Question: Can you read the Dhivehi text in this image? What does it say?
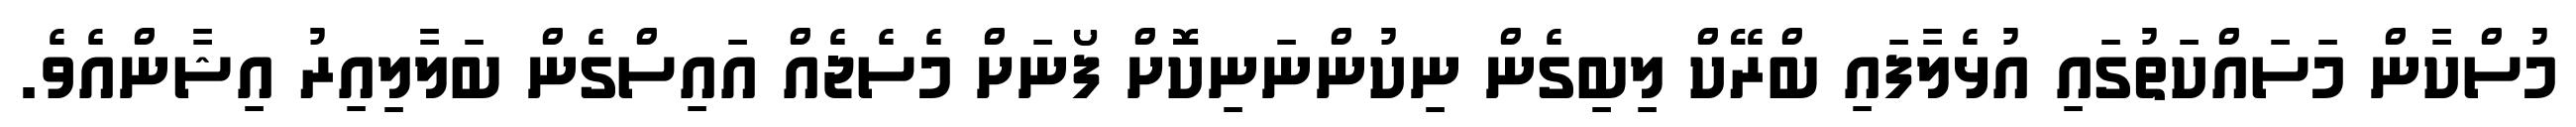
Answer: މުސްކާން މަސައްކަތުގައި އުޅެލާފައި ބްރޭކް ލިބިގެން ނިކުންނަނިކޮށް ފޯނަށް މެސެޖެއް އައިސްގެން ބަލާލިއިރު އިޝާންއެވެ.